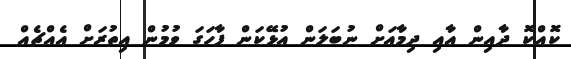
ކޮއްކޮ ދާއިން އާއި ދިމާއަށް ނުބަލަން އުޅޭކަން ފާހަގަ ވުމުން އިތުރަށް އެއްޗެއް